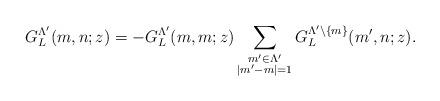
LaTeX: \begin{align*} G^{\Lambda'}_{L}(m,n;z)=-G^{\Lambda'}_{L}(m,m;z)\sum_{ \substack{m'\in \Lambda'\\|m'-m|=1}} G^{\Lambda'\setminus\{m\}}_{L}(m',n;z). \end{align*}